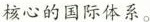
核心的国际体系。